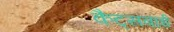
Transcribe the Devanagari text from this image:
कैट्सबाई